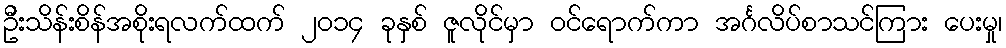
ဦးသိန်းစိန်အစိုးရလက်ထက် ၂၀၁၄ ခုနှစ် ဇူလိုင်မှာ ၀င်ရောက်ကာ အင်္ဂလိပ်စာသင်ကြား ပေးမှု၊